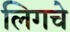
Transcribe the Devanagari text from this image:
लिगचे